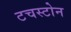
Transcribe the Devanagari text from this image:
टचस्‍टोन